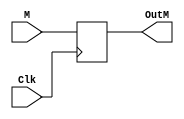
`timescale 1ns/1ns

module M (
			
			//Inp
			input [3:0] M,
			input Clk,
			
			//Out
		    output reg [3:0] OutM
);

/*	
		
	M /////////////
	Jump = 1'b0;
	Branch = 1'b0;
	MRead = 1'b0;
	MWrite = 1'b0;

*/

always @ (posedge Clk)
begin
		
	OutM = M;
		
end

endmodule